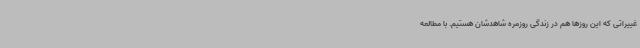
غییراتی که این روزها هم در زندگی روزمره شاهدشان هستیم. با مطالعه